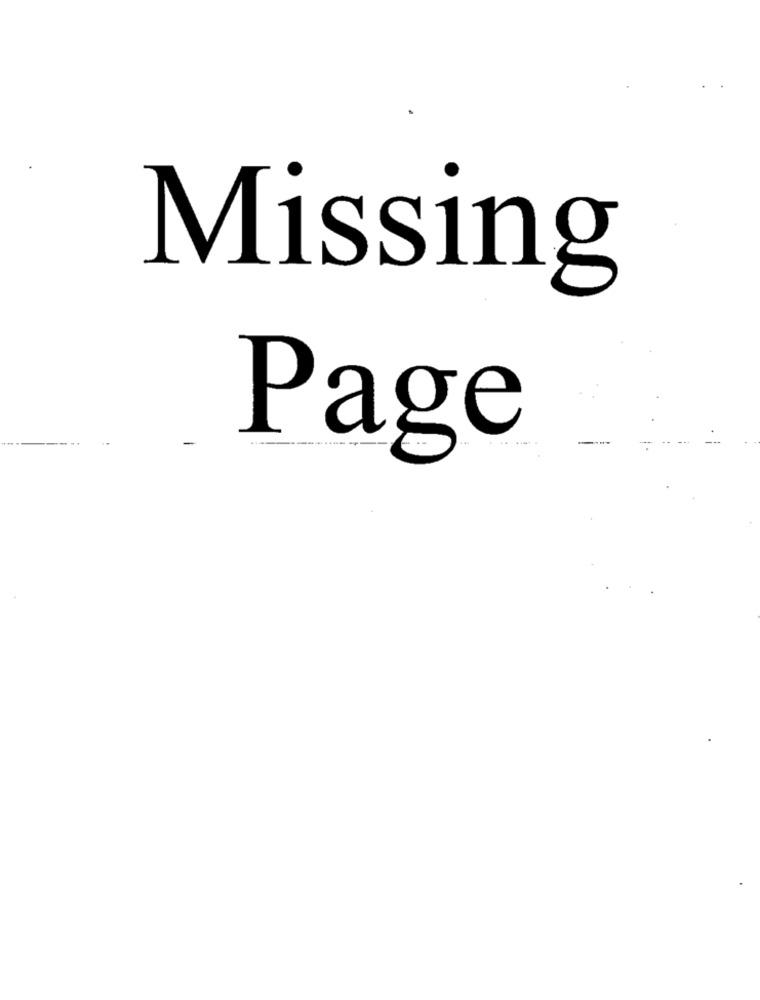
Missing
Page